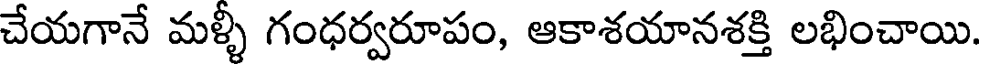
చేయగానే మళ్ళీ గంధర్వరూపం, ఆకాశయానశక్తి లభించాయి.